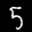
Label: 5